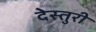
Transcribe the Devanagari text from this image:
देस्तुरी